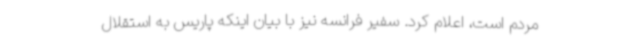
مردم است، اعلام کرد. سفیر فرانسه نیز با بیان اینکه پاریس به استقلال